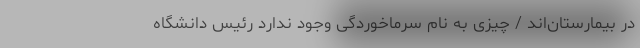
در بیمارستان‌اند / چیزی به نام سرماخوردگی وجود ندارد رئیس دانشگاه